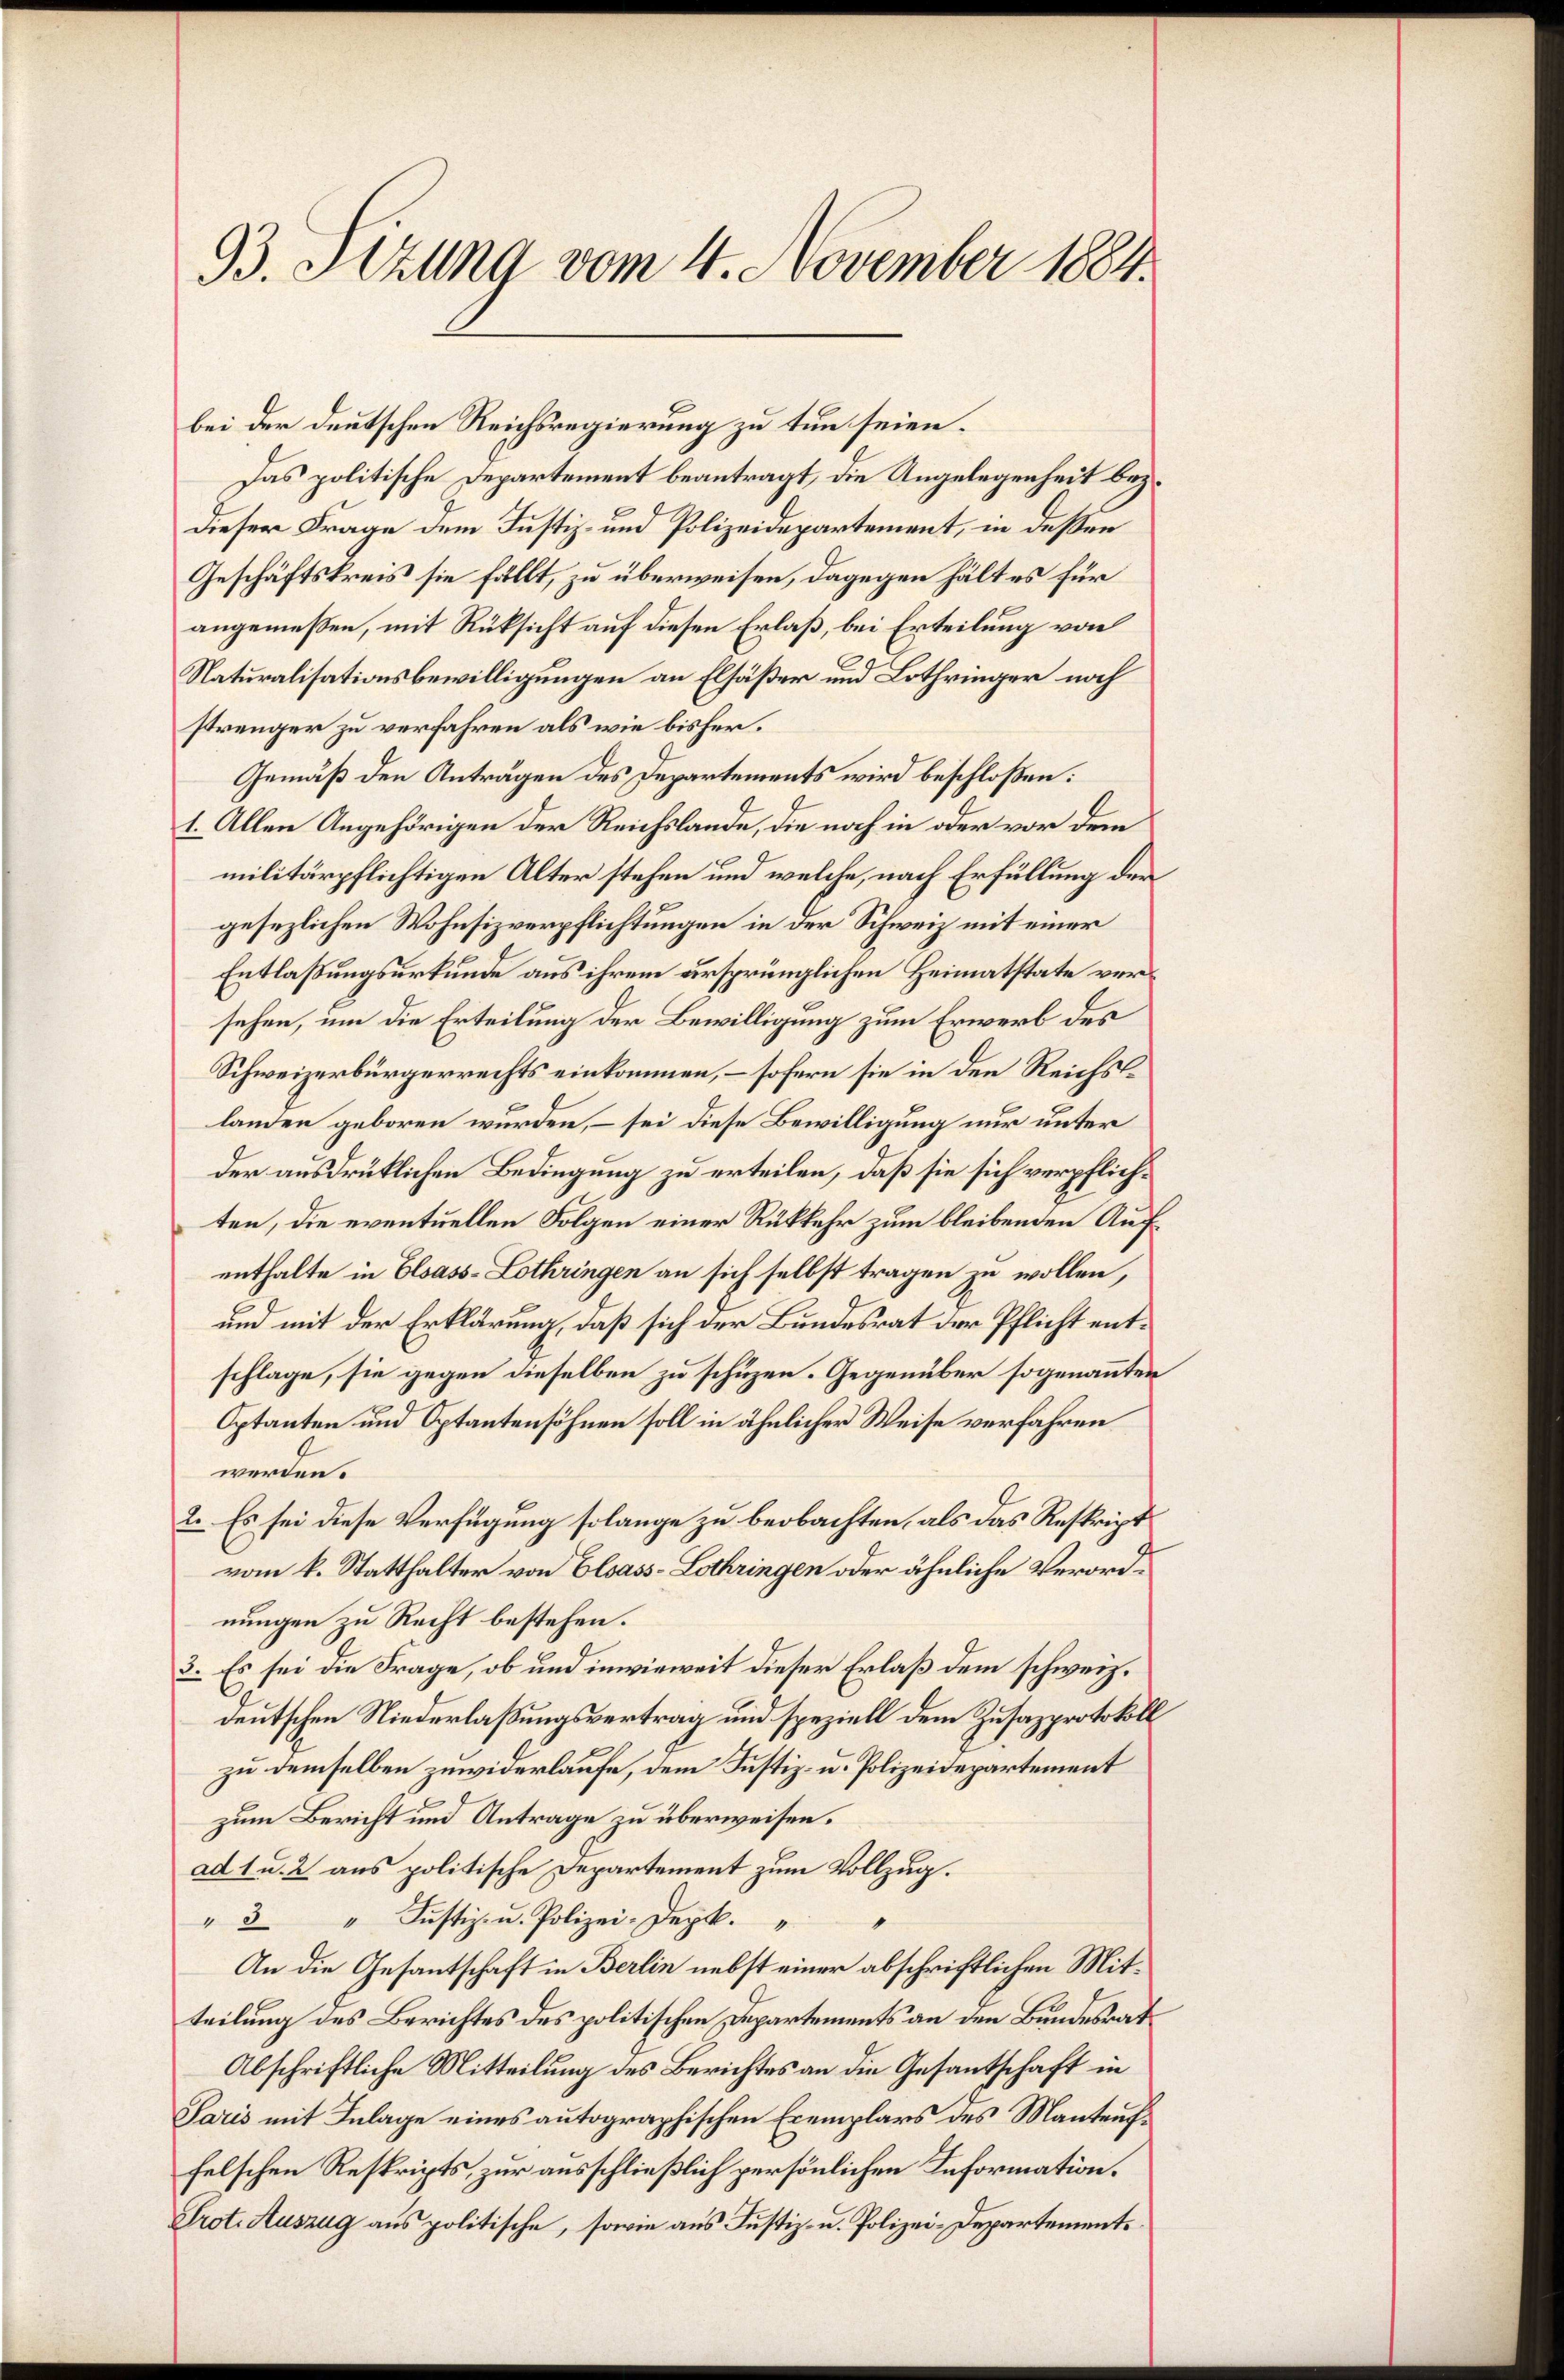
93. Sezung vom 4. November 1884.

bei der deutschen Reichsregierung zu tun seien.
Das politische Departement beantragt, die Angelegenheit beydieser Frage dem Justiz- und Polizeidepartement, in deßen
Geschäftskreis sie fällt, zu überweisen, dagegen hält es für
angemeßen, mit Rüksicht auf diesen Erlaß, bei Erteilung von
Naturalisationsbewilligungen an Elsäßer und Lothringer noch
strenger zu verfahren als wie bisher.
Gemäß den Anträgen des Departements wird beschloßen:
1. Allen Angehörigen der Reichslande, die noch in oder vor dem
militärpflichtigen Alter stehen und welche, nach Erfüllung der
gesezlichen Wohnsizverpflichtungen in der Schweiz mit einer
Entlaßungsurkunde aus ihrem ursprünglichen Heimatstate versehen, um die Erteilung der Bewilligung zum Erwerb des
Schweizerbürgerrechts einkommen, – sofern sie in den Reichslanden geboren wurden, – sei diese Bewilligung nur unter
der ausdrüklichen Bedingung zu erteilen, daß sie sich verpflichten, die eventuellen Folgen einer Rükkehr zum bleibenden Aufenthalte in Elsass-Lothringen an sich selbst tragen zu wollen,
und mit der Erklärung, daß sich der Bundesrat der Pflicht entschlage, sie gegen dieselben zu schüzen. Gegenüber sogenannten
Optanten und Optantensöhnen soll in ähnlicher Weise verfahren
werden.
2. Es sei diese Verfügung solange zu beobachten, als das Reskript
vom k. Statthalter von Elsass-Lothringen oder ähnliche Verordnungen zu Recht bestehen.
3. Es sei die Frage, ob und inwieweit dieser Erlaß dem schweiz.
deutschen Niederlaßungsvertrag und speziell dem Zusazprotokoll
zu demselben zuwiderlaufe, dem Justiz- u. Polizeidepartement
zum Bericht und Antrage zu überweisen.
ad 1 u. 2 aus politische Departement zum Vollzug.
" 3 " Jŭstiz- u. Polizei-Dept.
An die Gesantschaft in Berlin nebst einer abschriftlichen Mitteilung des Berichtes des politischen Departements an den Bundesrat
Abschriftliche Mitteilung des Berichtes an die Gesantschaft in
Paris mit Inlage eines autographischen Exemplars des Manteuffelschen Reskripts, zur ausschließlich persönlichen Information.
Prot. Auszug aus politische, sowie aus Justiz- u. Polizei-Departement¬